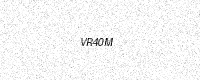
Text: VR40M